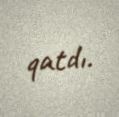
qatdı.